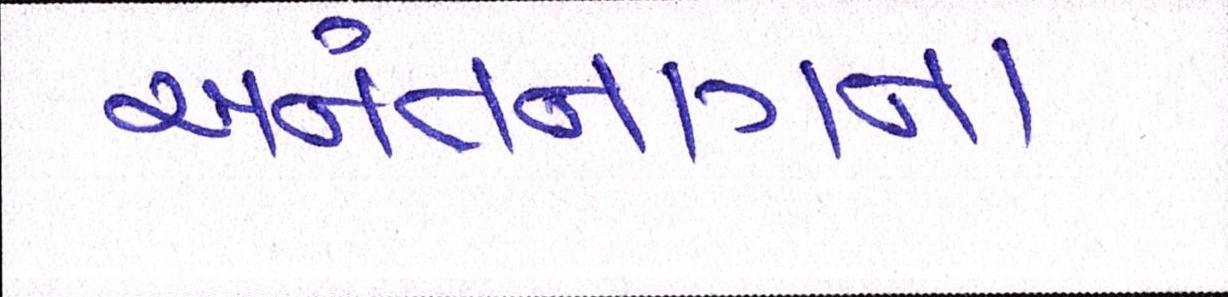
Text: અનંતનાગના